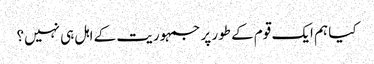
کیا ہم ایک قوم کے طور پر جمہوریت کے اہل ہی نہیں؟